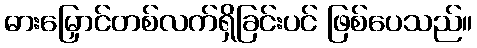
ဓားမြှောင်တစ်လက်ရှိခြင်းပင် ဖြစ်ပေသည်။